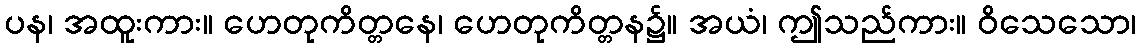
ပန၊ အထူးကား။ ဟေတုကိတ္တနေ၊ ဟေတုကိတ္တန၌။ အယံ၊ ဤသည်ကား။ ဝိသေသော၊